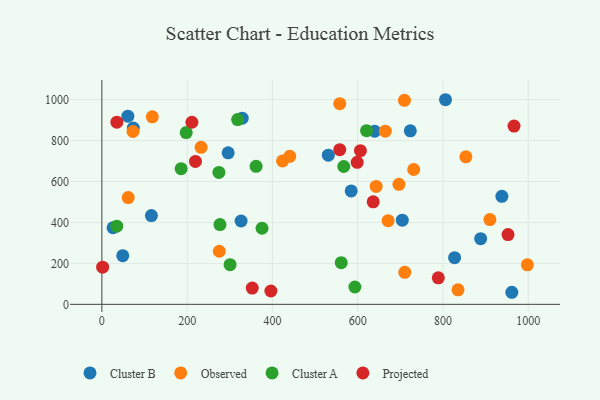
{"axis": {"x": "Distance", "y": "Demand"}, "legend": ["Cluster A", "Cluster B", "Observed", "Projected"], "data": [{"x": "26.2", "y": 374.1, "type": "Cluster B"}, {"x": "584.7", "y": 554.1, "type": "Cluster B"}, {"x": "938.1", "y": 527.8, "type": "Cluster B"}, {"x": "805.9", "y": 999.5, "type": "Cluster B"}, {"x": "639.8", "y": 845.6, "type": "Cluster B"}, {"x": "73.8", "y": 860.9, "type": "Cluster B"}, {"x": "296.2", "y": 740.1, "type": "Cluster B"}, {"x": "326.5", "y": 407.1, "type": "Cluster B"}, {"x": "49.0", "y": 237.8, "type": "Cluster B"}, {"x": "329.1", "y": 909.3, "type": "Cluster B"}, {"x": "723.4", "y": 847.8, "type": "Cluster B"}, {"x": "888.3", "y": 320.9, "type": "Cluster B"}, {"x": "827.2", "y": 227.8, "type": "Cluster B"}, {"x": "116.2", "y": 433.8, "type": "Cluster B"}, {"x": "961.4", "y": 58.9, "type": "Cluster B"}, {"x": "531.1", "y": 728.6, "type": "Cluster B"}, {"x": "61.0", "y": 919.1, "type": "Cluster B"}, {"x": "704.5", "y": 411.3, "type": "Cluster B"}, {"x": "853.7", "y": 720.5, "type": "Observed"}, {"x": "423.7", "y": 700.5, "type": "Observed"}, {"x": "232.7", "y": 767.2, "type": "Observed"}, {"x": "643.3", "y": 576.0, "type": "Observed"}, {"x": "275.4", "y": 259.4, "type": "Observed"}, {"x": "440.6", "y": 723.2, "type": "Observed"}, {"x": "73.0", "y": 844.2, "type": "Observed"}, {"x": "710.4", "y": 156.4, "type": "Observed"}, {"x": "664.7", "y": 845.7, "type": "Observed"}, {"x": "835.2", "y": 71.0, "type": "Observed"}, {"x": "910.0", "y": 414.1, "type": "Observed"}, {"x": "118.3", "y": 915.8, "type": "Observed"}, {"x": "557.9", "y": 980.4, "type": "Observed"}, {"x": "61.8", "y": 521.7, "type": "Observed"}, {"x": "731.3", "y": 658.7, "type": "Observed"}, {"x": "696.7", "y": 586.3, "type": "Observed"}, {"x": "997.9", "y": 192.8, "type": "Observed"}, {"x": "671.3", "y": 408.6, "type": "Observed"}, {"x": "709.6", "y": 996.6, "type": "Observed"}, {"x": "185.9", "y": 662.8, "type": "Cluster A"}, {"x": "34.9", "y": 381.8, "type": "Cluster A"}, {"x": "197.8", "y": 838.8, "type": "Cluster A"}, {"x": "300.7", "y": 193.6, "type": "Cluster A"}, {"x": "567.3", "y": 673.3, "type": "Cluster A"}, {"x": "318.4", "y": 902.5, "type": "Cluster A"}, {"x": "277.0", "y": 389.7, "type": "Cluster A"}, {"x": "361.7", "y": 674.4, "type": "Cluster A"}, {"x": "620.8", "y": 848.2, "type": "Cluster A"}, {"x": "274.5", "y": 644.4, "type": "Cluster A"}, {"x": "561.4", "y": 203.4, "type": "Cluster A"}, {"x": "375.6", "y": 371.6, "type": "Cluster A"}, {"x": "593.4", "y": 84.6, "type": "Cluster A"}, {"x": "789.0", "y": 129.5, "type": "Projected"}, {"x": "598.8", "y": 693.6, "type": "Projected"}, {"x": "219.5", "y": 698.0, "type": "Projected"}, {"x": "557.9", "y": 755.7, "type": "Projected"}, {"x": "966.6", "y": 871.0, "type": "Projected"}, {"x": "396.4", "y": 65.2, "type": "Projected"}, {"x": "636.3", "y": 500.7, "type": "Projected"}, {"x": "211.2", "y": 889.4, "type": "Projected"}, {"x": "35.2", "y": 889.7, "type": "Projected"}, {"x": "352.7", "y": 79.3, "type": "Projected"}, {"x": "1.8", "y": 181.7, "type": "Projected"}, {"x": "606.4", "y": 750.6, "type": "Projected"}, {"x": "952.5", "y": 340.8, "type": "Projected"}]}